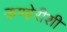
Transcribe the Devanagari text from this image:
कण्हेरीशी